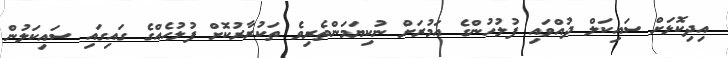
އިދިކޮޅަށް ސައިކަލް ދުއްވައި ފުލުހުންގެ އަމުރަށް ނުކިޔަމަންތެރިވެ ތަކުރާރުކޮށް ފުލުހެއްގެ ގައިގައި ސައިކަލުން